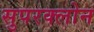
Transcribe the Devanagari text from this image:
सुपरक्लोन